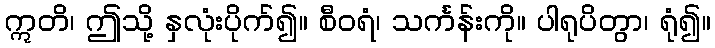
ဣတိ၊ ဤသို့ နှလုံးပိုက်၍။ စီဝရံ၊ သင်္ကန်းကို။ ပါရုပိတွာ၊ ရုံ၍။